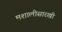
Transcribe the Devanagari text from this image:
मशालीसारखी